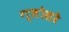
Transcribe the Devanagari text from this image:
ग्लोसरे